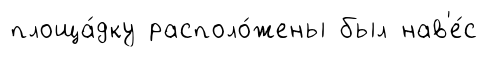
площа́дку располо́жены был нав'е́с